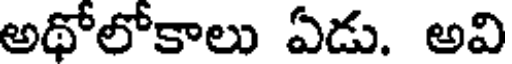
అథోలోకాలు ఏడు. అవి